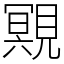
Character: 覭